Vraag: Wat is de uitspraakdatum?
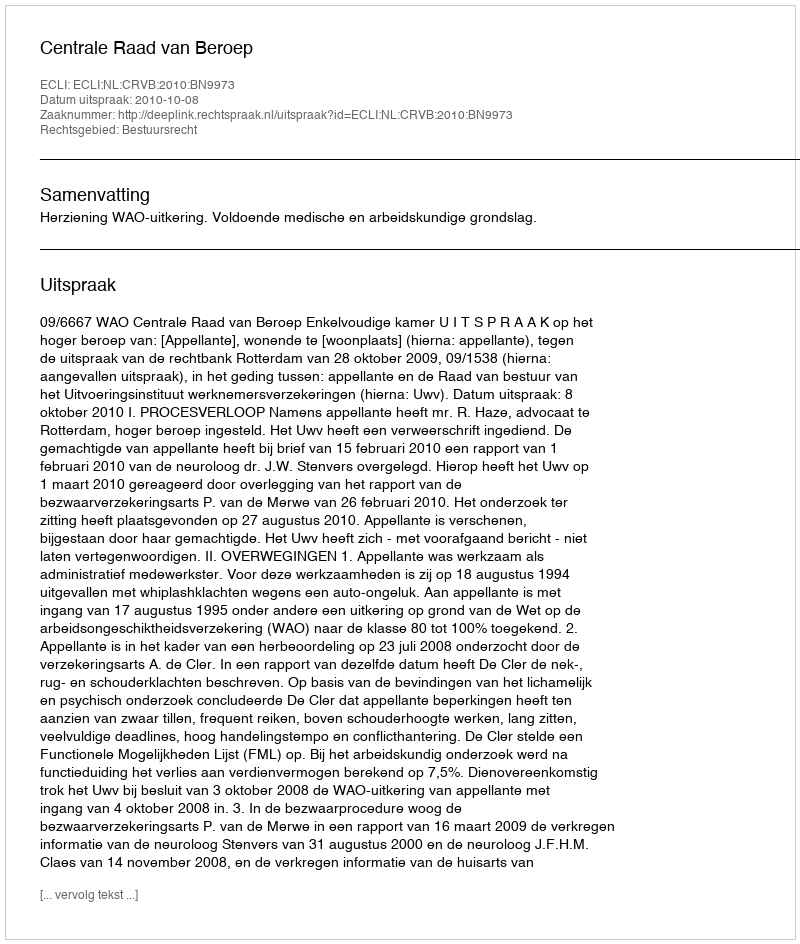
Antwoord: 2010-10-08